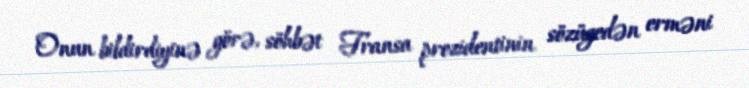
Onun bildirdiyinə görə, söhbət Fransa prezidentinin sözügedən erməni